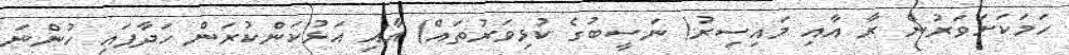
ހަމަކަށަވަރުން ރާ އާއި މައިސިރު( ނަސީބުގެ ކުޅިވަރުތައް) އާއި އަޅުކަންކުރަން ހަދާފައި ހުންނަ